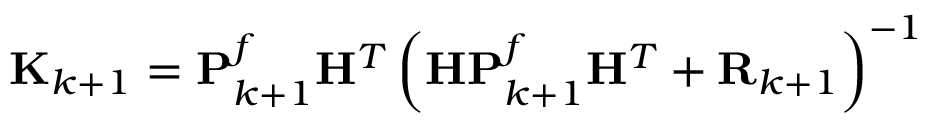
\mathbf { K } _ { k + 1 } = \mathbf { P } _ { k + 1 } ^ { f } \mathbf { H } ^ { T } \left( \mathbf { H } \mathbf { P } _ { k + 1 } ^ { f } \mathbf { H } ^ { T } + \mathbf { R } _ { k + 1 } \right) ^ { - 1 }